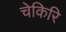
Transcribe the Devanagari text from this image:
चेकिरि